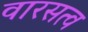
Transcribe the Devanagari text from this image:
वारसत्व